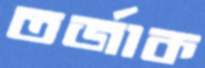
তর্জাক